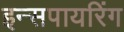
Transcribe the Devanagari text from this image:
इन्सपायरिंग